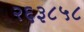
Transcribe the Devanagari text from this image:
२६३८५८